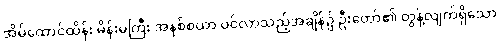
အိမ်ထောင်ထိန်း မိန်းမကြီး အနစ်စယာ ဝင်လာသည့်အချိန်၌ ဦးတော်၏ တွန့်လျက်ရှိသော